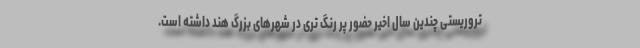
تروریستی چندین سال اخیر حضور پر رنگ تری در شهرهای بزرگ هند داشته است.